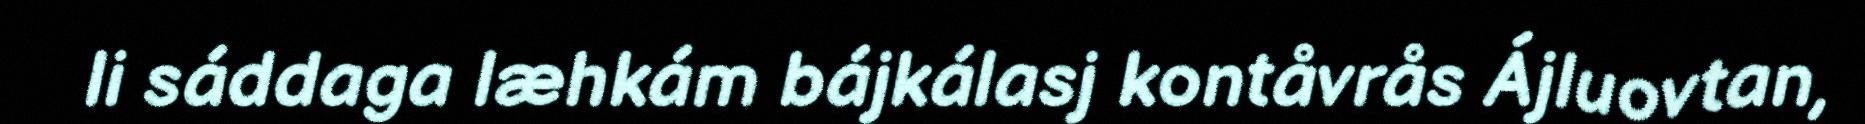
li sáddaga læhkám bájkálasj kontåvrås Ájluovtan,